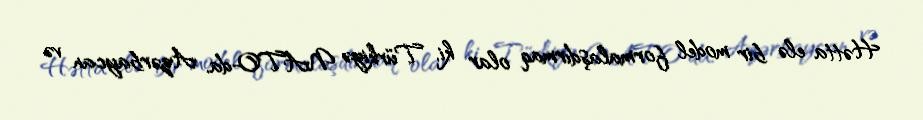
Hətta elə bir model formalaşdırmaq olar ki, Türkiyə NATO-da, Azərbaycan və